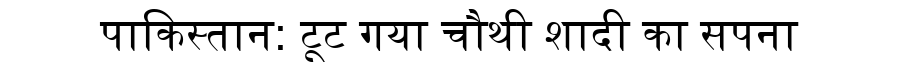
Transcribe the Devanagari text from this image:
पाकिस्तान: टूट गया चौथी शादी का सपना